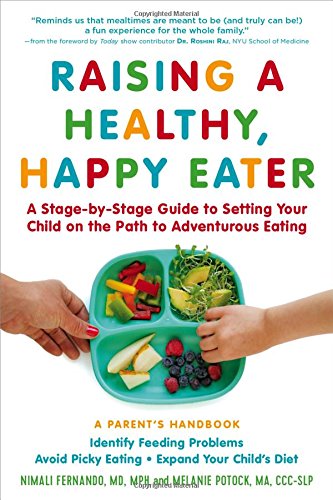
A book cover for Raising a Healthy, Happy Eater: A Parent's Handbook: A Stage-by-Stage Guide to Setting Your Child on the Path to Adventurous Eating; Nimali Fernando MD  MPH; Parenting & Relationships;